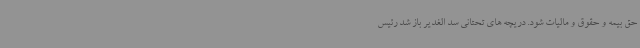
حق بیمه و حقوق و مالیات شود. دریچه های تحتانی سد الغدیر باز شد رئیس